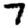
Digit: 7